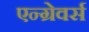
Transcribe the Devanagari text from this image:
एन्ग्रेवर्स